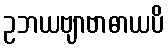
ဥဘယဗျာဗာဓာယပိ